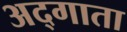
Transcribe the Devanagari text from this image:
अद्गाता